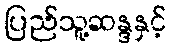
ပြည်သူ့ဆန္ဒနှင့်